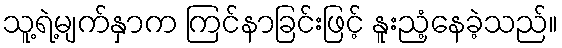
သူ့ရဲ့မျက်နှာက ကြင်နာခြင်းဖြင့် နူးညံ့နေခဲ့သည်။